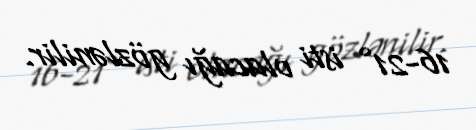
16-21° isti olacağı gözlənilir.